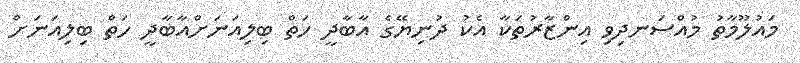
މައުލޫމާތު މުއްސަނދިވި އިންޒާރުތަކާ އެކު ދުނިޔޭގެ އާބާދީ ހަތް ބިލިއަނަށްއާބާދީ ހަތް ބިލިއަނަށް